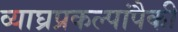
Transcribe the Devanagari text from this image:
व्याघ्रप्रकल्पांपैकी